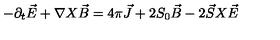
- { \partial } _ { t } \vec { E } + { \nabla } X \vec { B } = 4 { \pi } \vec { J } + 2 S _ { 0 } \vec { B } - 2 \vec { S } X \vec { E }